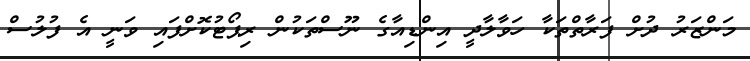
މަންޒަރު ދުށް ފަރާތްތަކާ ހަވާލާދީ އިންޑިއާގެ ނޫސްތަކުން ރިޕޯޓުކޮށްފައި ވަނީ އެ ފުލުސް